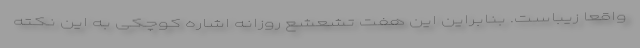
واقعا زیباست. بنابراین این هفت تشعشع روزانه اشاره کوچکی به این نکته